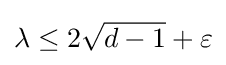
\lambda \leq 2{\sqrt {d-1}}+\varepsilon